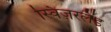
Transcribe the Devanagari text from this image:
स्विज़रलैंड